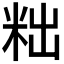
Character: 𮇑